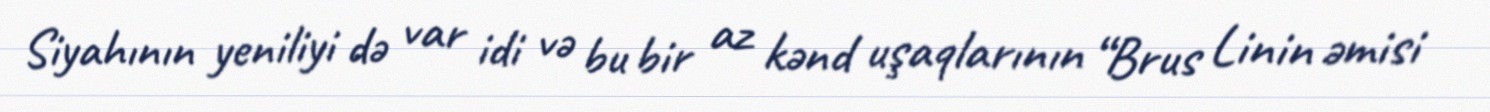
Siyahının yeniliyi də var idi və bu bir az kənd uşaqlarının “Brus Linin əmisi